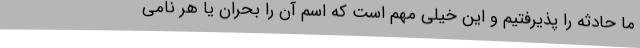
ما حادثه را پذیرفتیم و این خیلی مهم است که اسم آن را بحران یا هر نامی